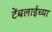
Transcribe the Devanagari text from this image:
टेंबलाईच्या